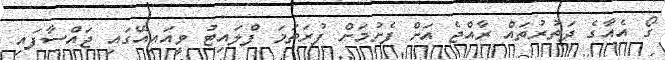
ގޯ އެއާގެ ދަތުރުތައް ރާއްޖެ އަށް ފެށުމަށް ފުރަތަމަ ފްލައިޓު ވީއައިއޭގައި ޖައްސާފައި